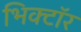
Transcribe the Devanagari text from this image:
भिक्टॉर